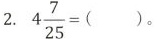
2. $$4 \frac {7} {25} =（ ）$$。